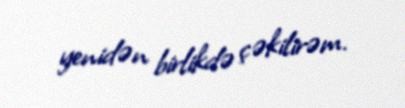
yenidən birlikdə çəkilirəm.